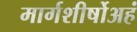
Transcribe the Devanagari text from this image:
मार्गशीर्षोअहं